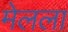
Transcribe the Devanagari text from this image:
मेलला